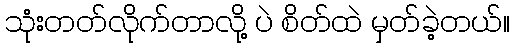
သုံးတတ်လိုက်တာလို့ ပဲ စိတ်ထဲ မှတ်ခဲ့တယ်။